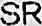
SR